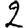
Digit: 2